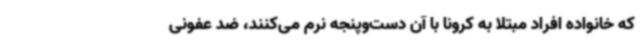
که خانواده افراد مبتلا به کرونا با آن دست‌وپنجه نرم می‌کنند، ضد عفونی